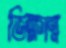
ভিক্ষান্ন